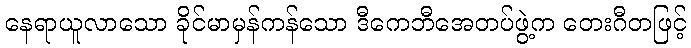
နေရာယူလာသော ခိုင်မာမှန်ကန်သော ဒီကေဘီအေတပ်ဖွဲ့က တေးဂီတဖြင့်